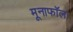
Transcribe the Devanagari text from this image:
मूनाफॉल